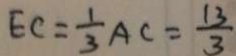
E C = \frac { 1 } { 3 } A C = \frac { 1 3 } { 3 }